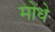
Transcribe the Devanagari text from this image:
मोधे